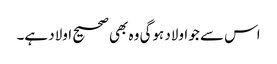
اس سے جو اولاد ہوگی وہ بھی صحیح اولاد ہے۔